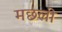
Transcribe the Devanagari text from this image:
मछलीं